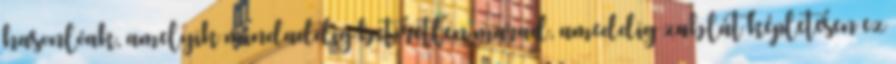
hasonlóak, amelyik mindaddig betöretlen marad, ameddig zablát képletesen ez